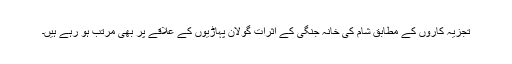
تجزیہ کاروں کے مطابق شام کی خانہ جنگی کے اثرات گولان پہاڑیوں کے علاقے پر بھی مرتب ہو رہے ہیں۔